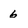
Character: 6